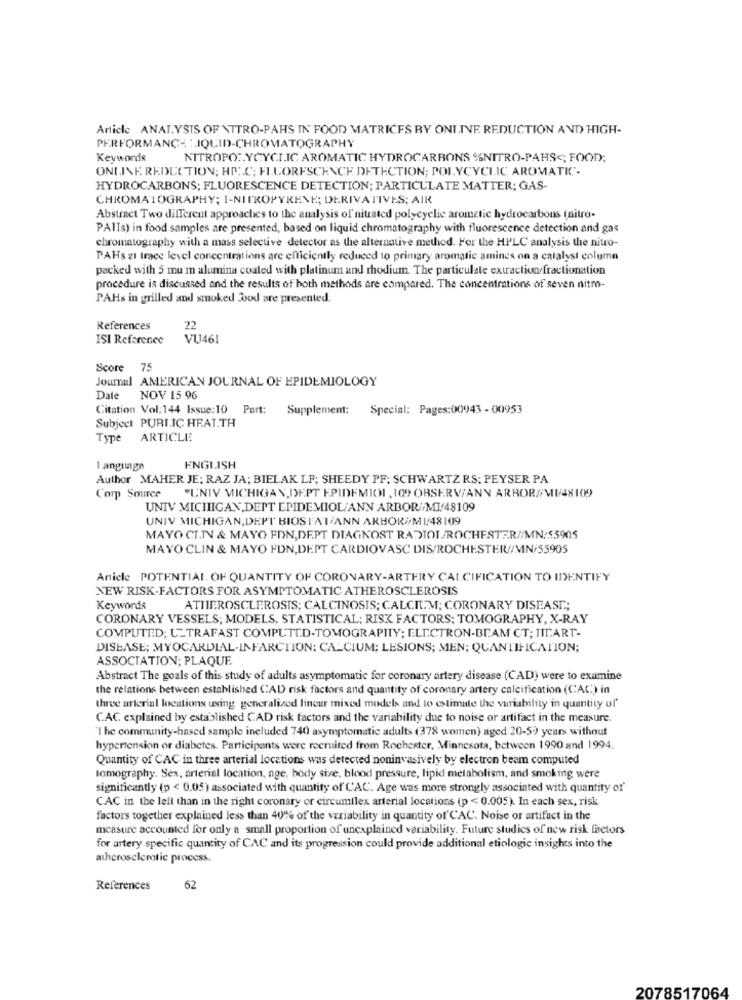
Article ANALYSIS OF NITRO-PAHS IN FOOD MATRICES RY ONI.NE. REDUCTION AND HIGH-
PERFORMANCE:IQUID-CHROMATOGRAPHY
Keywords
NITROPO :. YCYCLIC AROMATIC HYDROCARBONS %NITRO-PAHS <; FOOD;
ONLINE REDUCTION; HPLC; FLUORESCENCE DETECTION; POLYCYCLIC AROMATIC".
HYDROCARBONS; FLUORESCENCE DETECTION; PARTICULATE MATTER; GAS-
CHROMATOGRAPHY; 1-NITROPYRENE; DERIVATIVES; AIR
Abstract Two different approaches to the analysis of nitrated polycyelie arometic hydrocarbons (nitro-
PAIIs) in food samples are presented, based on liquid chromatography with fluorescence detection and gas
chromatography with a mass selective detector as the alternative method. For the HPLC analysis the nitro-
PAHs zi trace level concentrations are efficiently reduced to primary aromatic amines on a catalyst column
packed with 5 mu m alumina coated with platinum and rhodium. The particulate extraction fractionation
procedure is discussed and the results of both methods are compared. The concentrations of seven nitro-
PAHs in grilled and smoked bod are presented.
References
22
ISI Reference
VU461
Score 75
Journal AMERICAN JOURNAL OF EPIDEMIOLOGY
Date NOV 15 96
Citation Vol: 144 Issue:10 Part:
Supplement: Special: Pages:00943 - 00953
Subject PURI.IC HEAT.TH
Type ARTICLE
Language
ENGLISH
Author MAHER JE; RAZ JA; BIELAK LF; SHEEDY PF; SCHWARTZ RS; PEYSER PA
Corp Source
"UNIV MICHIGAN, DEPT EPIDEMIO1 , 109 OBSERV/ANN ARBOR//VI/48109
UNIV MICHIGAN,DEPT EPIDEMIOL/ANN ARBOR/MI/48109
UNIV MICHIGAN, DEPT BIOSTAT/ANN ARBOR /M1/48109
MAYO CI.N & MAYO FDN,DEPT DIAGNOST RADIOL/ROCHESTER//MN:$5905
MAYO CLIN & MAYO FDN, DEPT CARDIOVASC DIS/ROCHESTER//MN/55905
Article POTENTIAL OF QUANTITY OF CORONARY-ARTERY CALCIFICATION TO IDENTIFY
NEW RISK-FACTORS FOR ASYMPTOMATIC ATHEROSCLEROSIS
Keywords
ATHEROSCLEROSIS; CALCINOSIS; CALCIUM; CORONARY DISEASE .;
CORONARY VESSELS; MODELS, STATISTICAL; RISK FACTORS; TOMOGRAPHY, X-RAY
COMPUTED; ULTRAFAST COMPUTED-TOMOGRAPITY; ELECTRON-BEAM CT; IICART-
DISEASE; MYOCARDIAL-INFARCTION: CALCIUM; LESIONS; MEN; QUANTIFICATION;
ASSOCIATION; PLAQUE
Abstract The goals of this study of adults asymptomatic for coronary artery disease (CAD) were to examine
the relations between established CAD risk factors and quantity of coronary artery calcification (CAC) in
three arterial locations using generalized linear mixed models and to estimate the variability in quantity of'
C.AC. explained by established CAD risk factors and the variability due to noise or artifact in the measure.
'I he community-based sample included 740 asymptomatic adults (378 women) aged 20-59 years without
hypertension or diabetes. Participants were recruited from Rochester, Minnesota, between 1990 and 1994.
Quantity of CAC in three arterial locations was detected noninvasively by electron beam computed
tomography. Sex, arterial location, age, body size, blood pressure, lipid metabolism, and smoking were
significantly (p < 0.05) associated with quantity of CAC. Age was more strongly associated with quantity of'
CAC in the lell than in the right coronary or circumflex arterial locations (p < 0.005). In each sex, risk
factors together explained less than 40% of the veriability in quantity of CAC. Noise or artifact in the
measure accounted for only a small proportion of unexplained variability. Future studies of new risk factors
for artery specific quantity of CAC and its progression could provide additional etiologie insights into the
atherosclerotic process.
References
62
2078517064